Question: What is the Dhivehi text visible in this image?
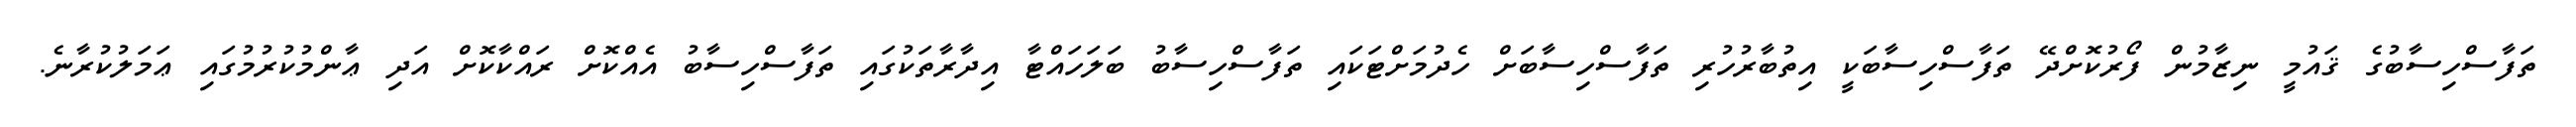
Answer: ތަފާސްހިސާބުގެ ޤައުމީ ނިޒާމުން ފޯރުކޮށްދޭ ތަފާސްހިސާބަކީ އިތުބާރުހުރި ތަފާސްހިސާބަށް ހެދުމަށްޓަކައި ތަފާސްހިސާބު ބަލަހައްޓާ އިދާރާތަކުގައި ތަފާސްހިސާބު އެއްކޮށް ރައްކާކޮށް އަދި ޢާންމުކުރުމުގައި ޢަމަލުކުރާނެ.